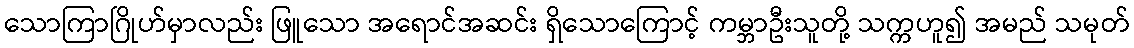
သောကြာဂြိုဟ်မှာလည်း ဖြူသော အရောင်အဆင်း ရှိသောကြောင့် ကမ္ဘာဦးသူတို့ သက္ကဟူ၍ အမည် သမုတ်